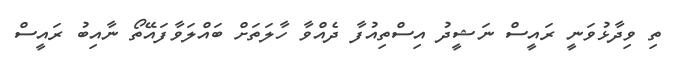
ތި ވިދާޅުވަނީ ރައީސް ނަޝީދު އިސްތިއުފާ ދެއްވާ ހާލަތަށް ބައްލަވާފައޭތޯ ނާއިބު ރައީސް